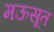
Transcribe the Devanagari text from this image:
मऊसूत